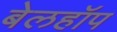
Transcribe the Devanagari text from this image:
बेलहॉप